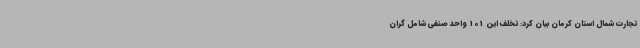
تجارت شمال استان کرمان بیان کرد: تخلف این 101 واحد صنفی شامل گران